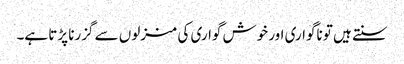
سنتے ہیں تو ناگواری اور خوش گواری کی منزلوں سے گزرنا پڑتا ہے۔